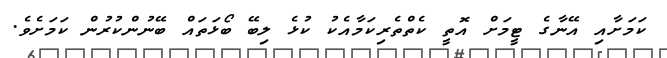
ކަމަށާއި އޭނާގެ ޓީމަށް އޮތީ ކެތްތެރިކަމާއެކު ކުޅެ ލިބޭ ބޯޅަތައް ބޭނުންކުރުން ކަމަށެވެ.